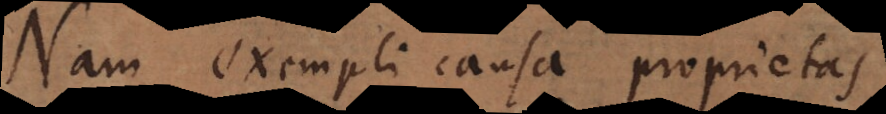
Nam exempli causa proprietas